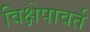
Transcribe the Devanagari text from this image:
विक्षेपावर्त